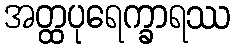
အတ္ထပုရေက္ခာရဿ